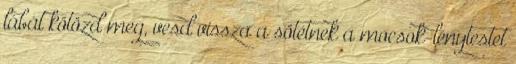
lábát kötözd meg, vesd vissza a sötétnek a mocsok-lénytestet